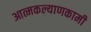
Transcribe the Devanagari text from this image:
आत्मकल्याणकामी